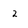
Character: 2